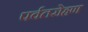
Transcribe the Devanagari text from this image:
पर्वतरोहण